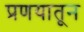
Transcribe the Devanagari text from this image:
प्रणयातून